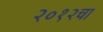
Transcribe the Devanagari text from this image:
२०१२चा